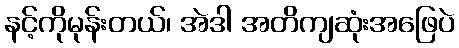
နင့်ကိုမုန်းတယ်၊ အဲဒါ အတိကျဆုံးအဖြေပဲ